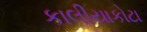
કાલીયાકોટા